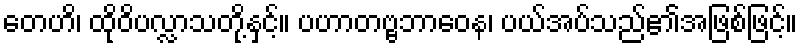
တေဟိ၊ ထိုဝိပလ္လာသတို့နှင့်။ ပဟာတဗ္ဗဘာဝေန၊ ပယ်အပ်သည်၏အဖြစ်ဖြင့်။